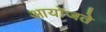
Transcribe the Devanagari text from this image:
आयोजते